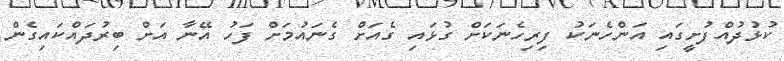
ކުޅުދުއްފުށީގައި އަންހެނަކު ފިރިހެނަކަށް ގުޅައި ގެއަށް ގެނައުމަށް ފަހު އޭނާ އަށް ބިރުދައްކައިގެން